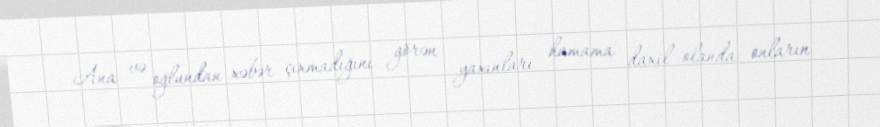
Ana və oğlundan xəbər çıxmadığını görən yaxınları hamama daxil olanda onların